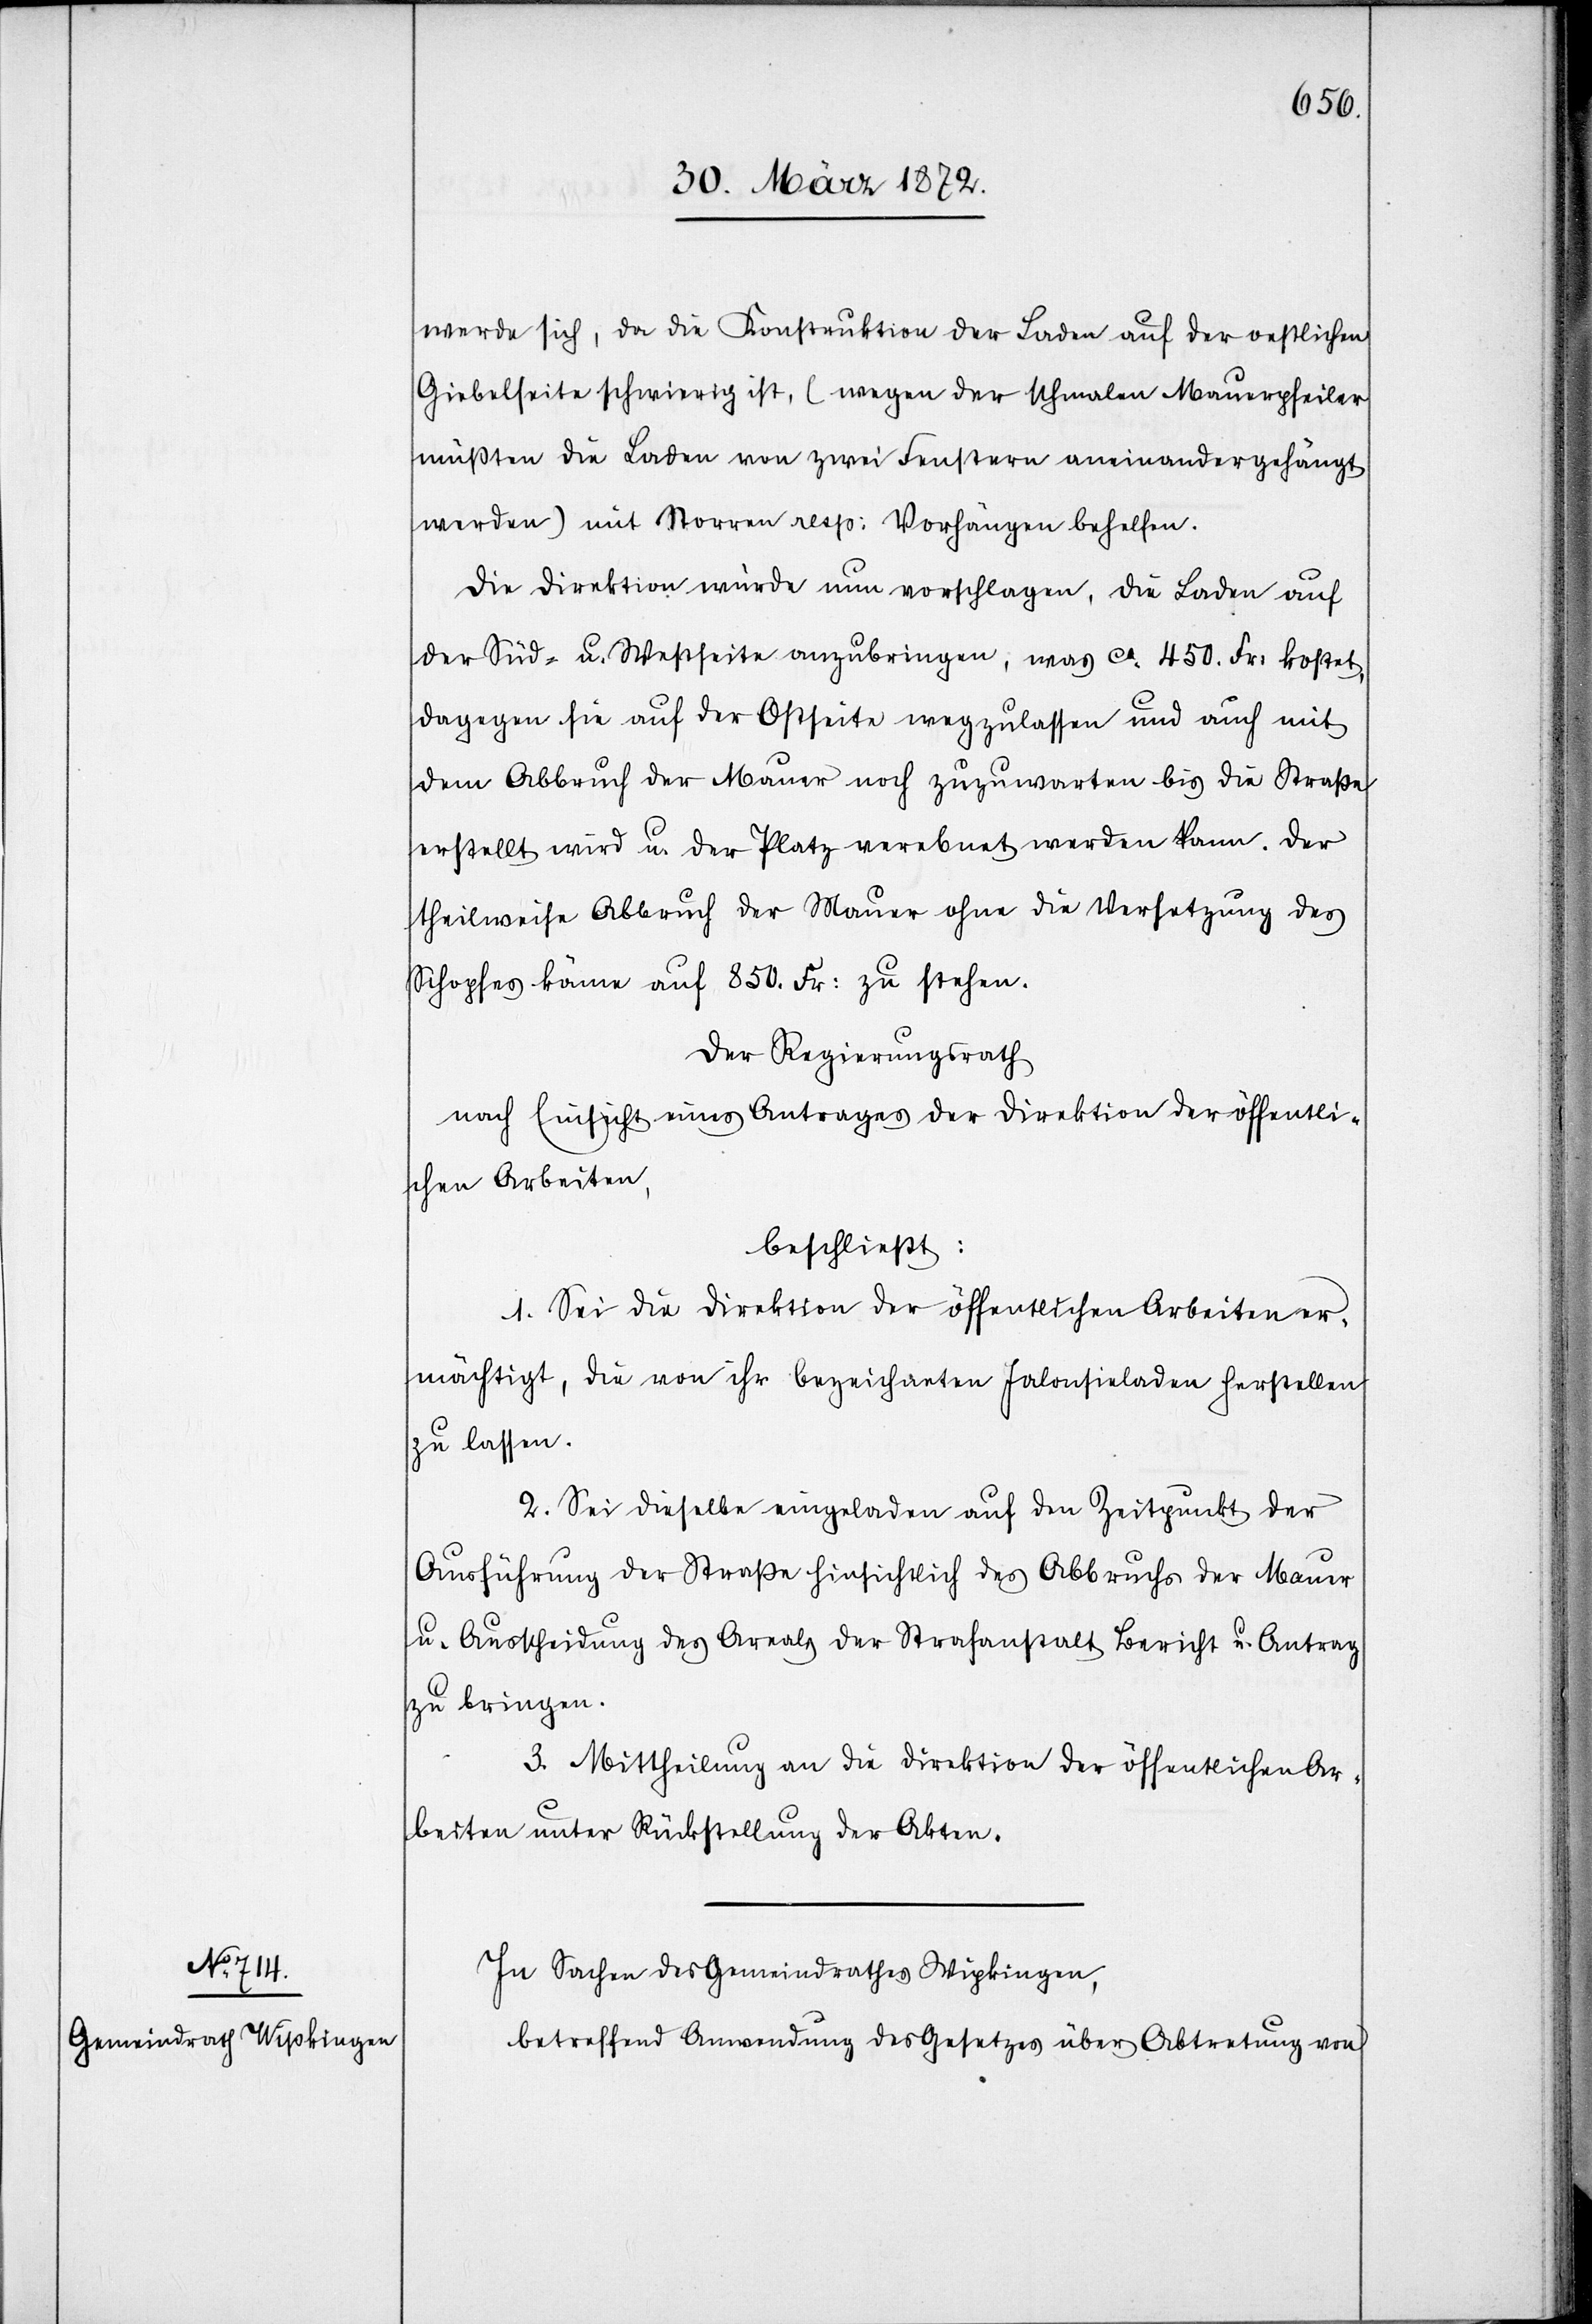
werde sich, da die Konstruktion der Laden auf der oestlichen
Giebelseite schwierig ist, (wegen der schmalen Mauerpfeiler
müßten die Laden von zwei Fenstern aneinandergehängt
werden) mit Storren resp: Vorhängen behelfen.
Die Direktion würde nun vorschlagen, die Laden auf
der Süd- u. Westseite anzubringen, was ca 450. Fr: kostet,
dagegen sie auf der Ostseite wegzulassen und auch mit
dem Abbruch der Mauer noch zuzuwarten bis die Straße
erstellt wird u. der Platz verebnet werden kann. Der
theilweise Abbruch der Mauer ohne die Versetzung des
Schopfes käme auf 850. Fr: zu stehen.
Der Regierungsrath
nach Einsicht eines Antrages der Direktion der öffentli¬
chen Arbeiten,
beschließt:
1. Sei die Direktion der öffentlichen Arbeiten er¬
mächtigt, die von ihr bezeichneten Jalousienladen herstellen
zu lassen.
2. Sei dieselbe eingeladen auf den Zeitpunkt der
Ausführung der Straße hinsichtlich des Abbruchs der Mauer
u. Ausscheidung des Areals der Strafanstalt Bericht u. Antrag
zu bringen.
3. Mittheilung an die Direktion der öffentlichen Ar¬
beiten unter Rückstellung der Akten.
In Sachen des Gemeindrathes Wipkingen,
betreffend Anwendung des Gesetzes über Abtretung von